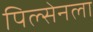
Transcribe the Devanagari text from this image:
पिल्सेनला